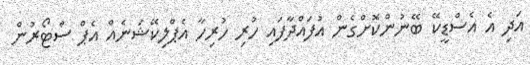
އަދި އެ އެސްޑީކޭ ބޭނުންކޮށްގެން އުފައްދާފައި ހުރި ހުރިހާ އެޕްލިކޭޝަނެއް އެޕް ސްޓޯރުން